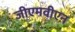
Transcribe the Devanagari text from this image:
जीएमवीएन